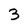
Character: 3